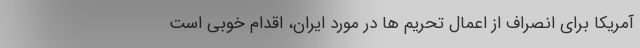
آمریکا برای انصراف از اعمال تحریم ها در مورد ایران، اقدام خوبی است